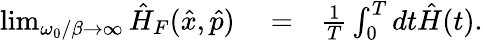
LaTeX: \begin{array}{rlr}{\operatorname*{lim}_{\omega_{0}/\beta\to\infty}\hat{H}_{F}(\hat{x},\hat{p})}&{{}=}&{\frac{1}{T}\int_{0}^{T}dt\hat{H}(t).}\end{array}